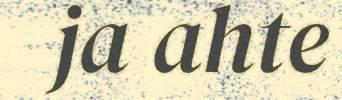
ja ahte